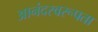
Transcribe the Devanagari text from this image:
आनंदस्वरूपता